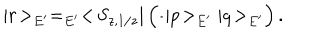
| r \! > _ { E ^ { \prime } } = _ { E ^ { \prime } } < \! S _ { z , 1 / z } | \left( \frac { } { } | p \! > _ { E ^ { \prime } } | q \! > _ { E ^ { \prime } } \right) .